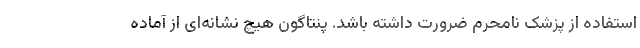
استفاده از پزشک نامحرم ضرورت داشته باشد. پنتاگون هیچ نشانه‌ای از آماده